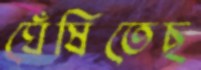
ঘেঁষিতেছ